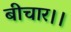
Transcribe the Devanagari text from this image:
बीचार।।